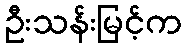
ဦးသန်းမြင့်က